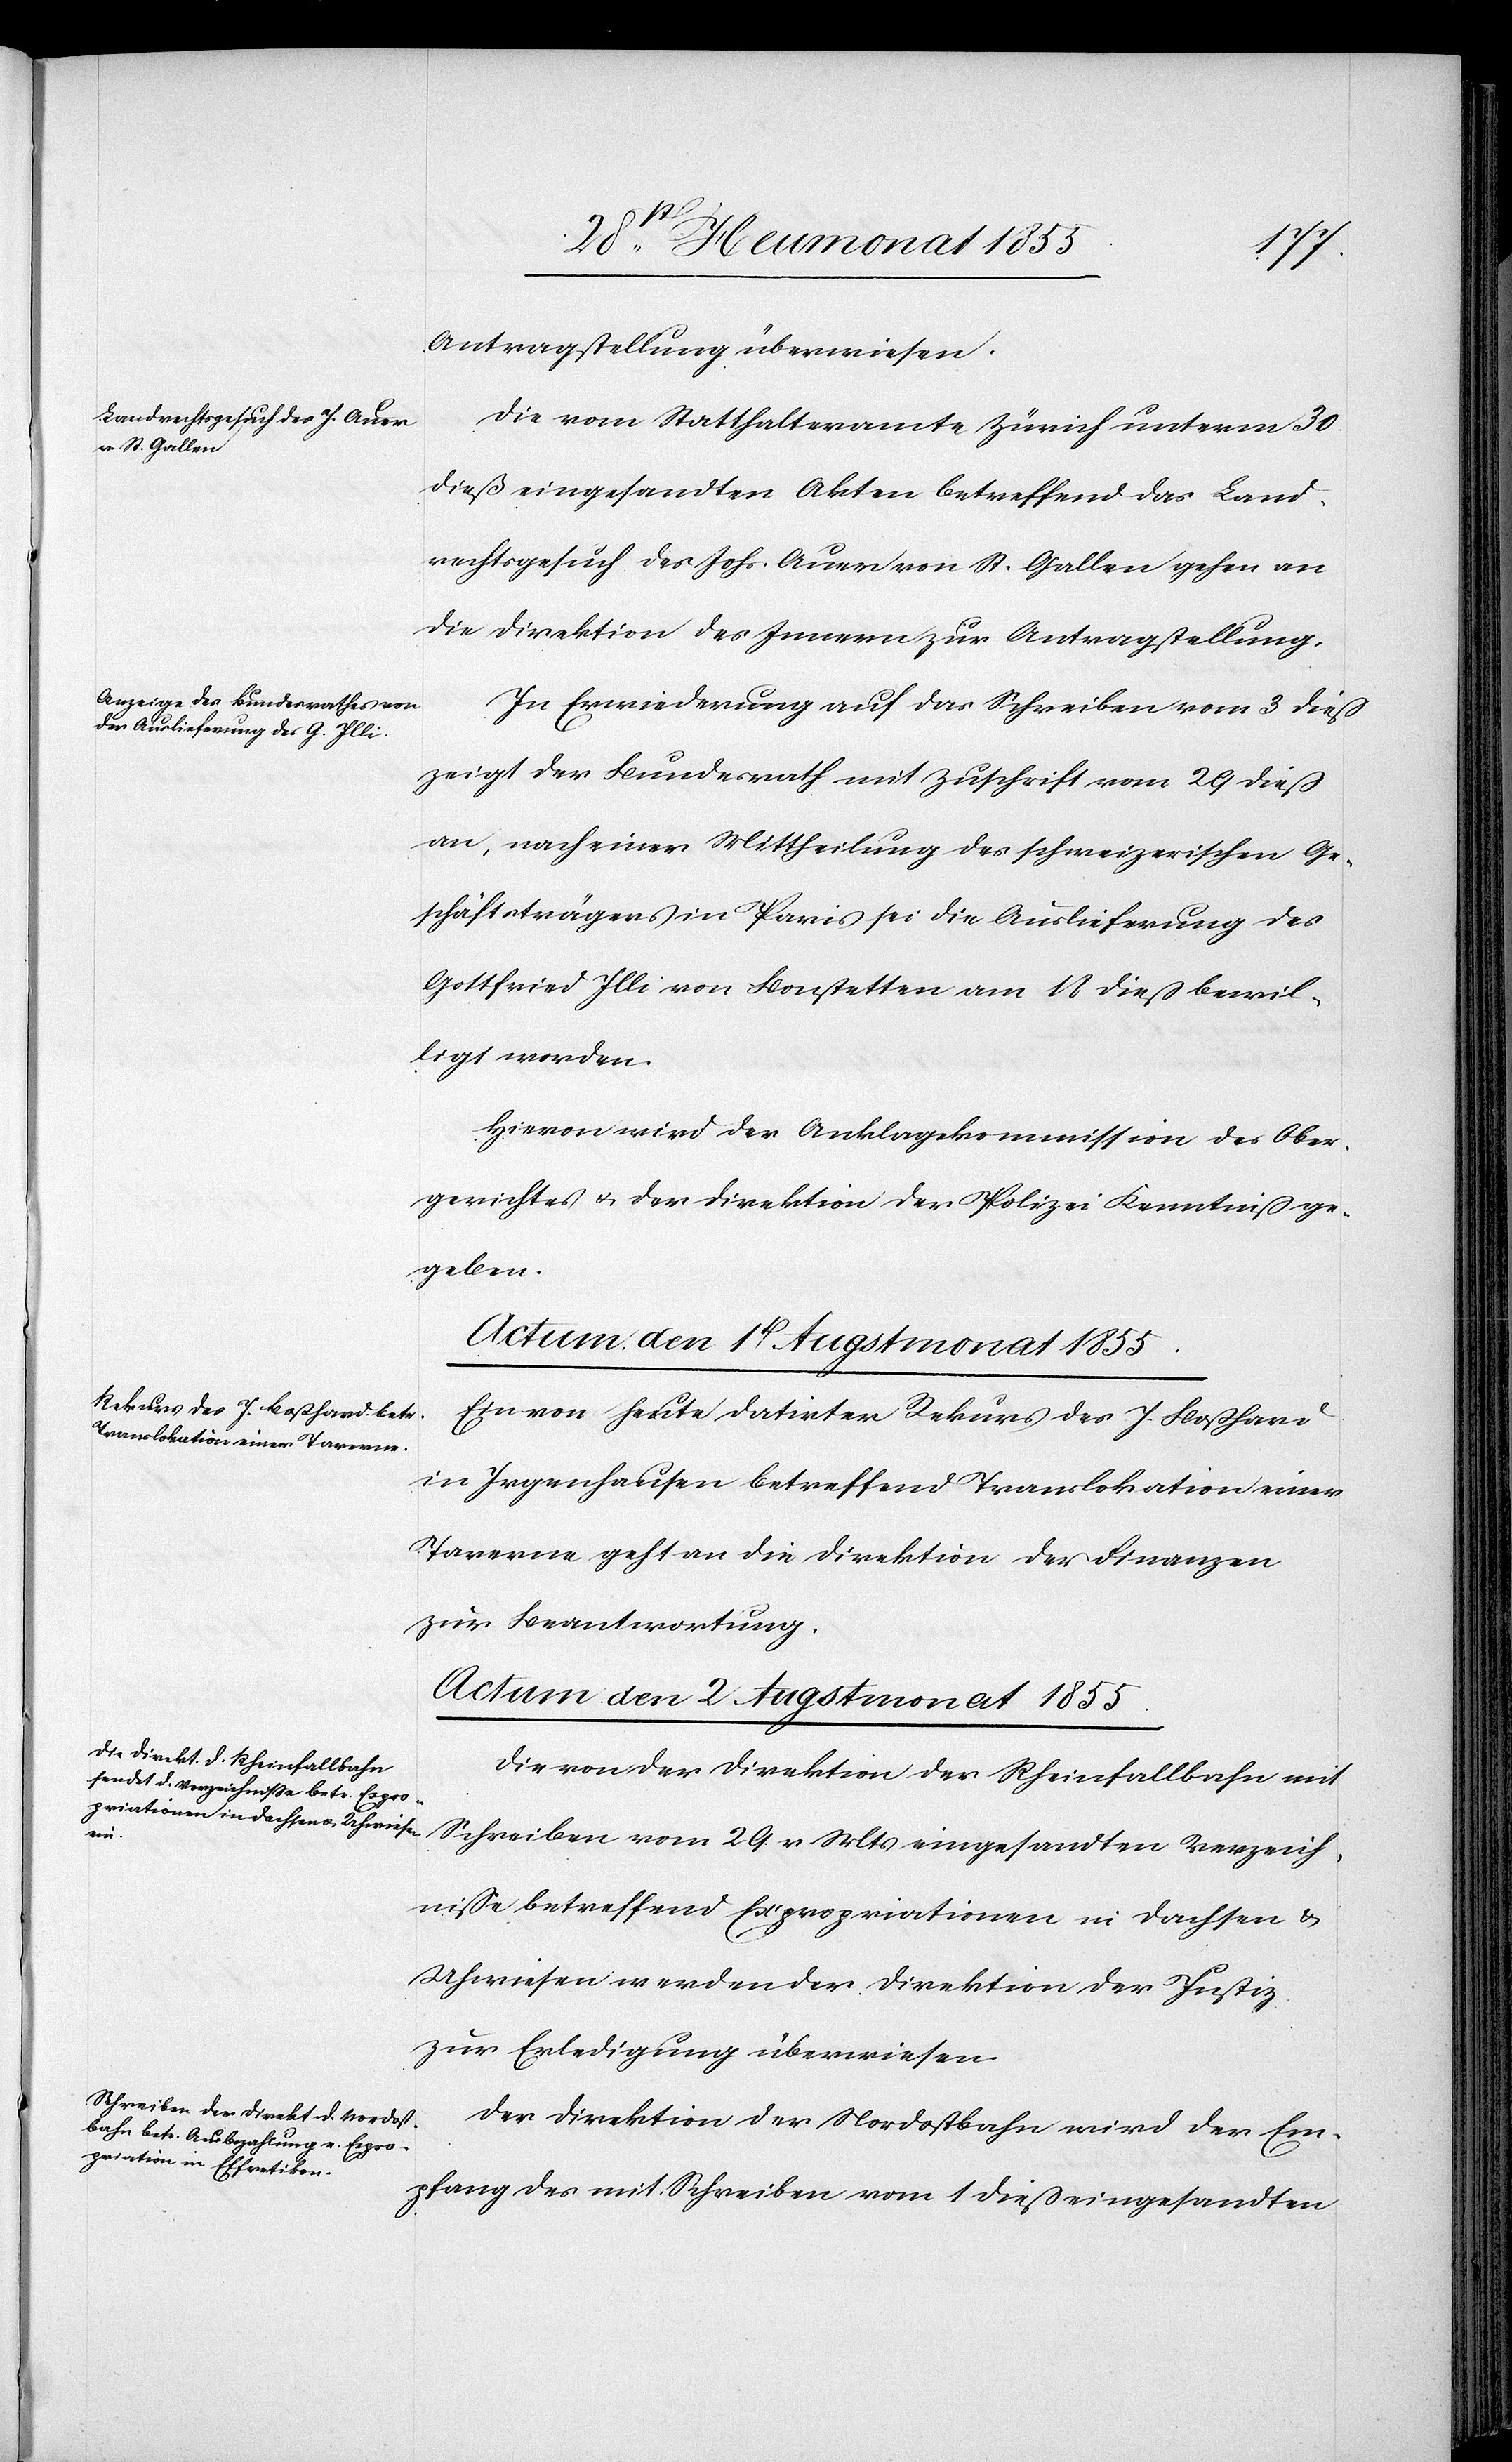
den

31st Heumonat 1855.]
Antragstellung überwiesen.
Die vom Statthalteramte Zürich unterm 30.
dieß eingesandten Akten betreffend das Land¬
rechtsgesuch des Johs. Auer von St. Gallen gehen an
die Direktion des Innern zur Antragstellung.
In Erwiederung auf das Schreiben vom 3 dieß
zeigt der Bundesrath mit Zuschrift vom 29 dieß
an, nach einer Mittheilung des schweizerischen Ge¬
schäftsträgers in Paris sei die Auslieferung des
Gottfried Illi von Bonstetten am 18 dieß bewil¬
ligt worden.
Hievon wird der Anklagekommission des Ober¬
gerichtes & der Direktion der Polizei Kenntniß ge¬
geben.
Actum den 2 Augstmonat 1855.]
Ein von heute datirter Rekurs des J. Boßhard
in Irgenhausen betreffend Translokation einer
Taverne geht an die Direktion der Finanzen
zur Beantwortung.
Die von der Direktion der Rheinfallbahn mit
Schreiben vom 29. v. Mts eingesandten Verzeich¬
nisse betreffend Expropriationen in Dachsen &
Uhwiesen werden der Direktion der Justiz
zur Erledigung überwiesen.
Der Direktion der Nordostbahn wird der Em¬
pfang des mit Schreiben vom 1 dieß eingesandten